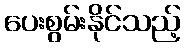
ပေးစွမ်းနိုင်သည့်